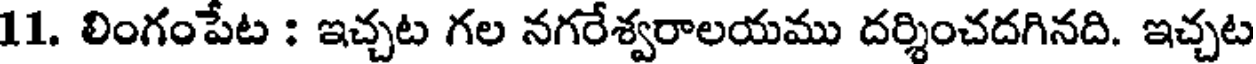
11. లింగంపేట : ఇచ్చట గల నగరేశ్వరాలయము దర్శించదగినది. ఇచ్చట